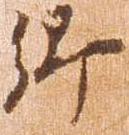
郷